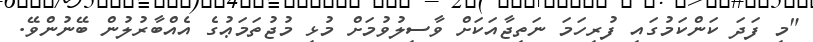
"މި ފަދަ ކަންކަމުގައި ފުރިހަމަ ނަތިޖާއަކަށް ވާސިލުވުމަށް މުޅި މުޖުތަމަޢުގެ އެއްބާރުލުން ބޭނުންވޭ.